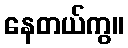
နေတယ်ကွ။